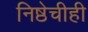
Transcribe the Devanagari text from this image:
निष्ठेचीही